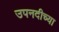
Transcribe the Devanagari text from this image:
उपनदीच्या